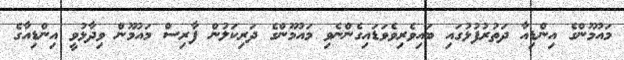
މައުމޫންގެ އިންޑިއާ ދަތުރުފުޅުގައި ބައިވެރިވެވަޑައިގެންނެވި މައުމޫންގެ ދަރިކަލުން ފާރިސް މައުމޫން ވިދާޅުވީ އިންޑިއާގެ